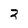
Character: 3